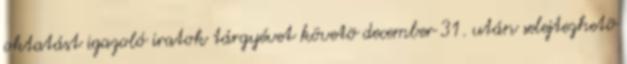
oktatást igazoló iratok tárgyévet követõ december 31. után selejtezhetõ